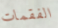
الفقمات